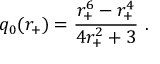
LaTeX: q _ { 0 } ( r _ { + } ) = { \frac { r _ { + } ^ { 6 } - r _ { + } ^ { 4 } } { 4 r _ { + } ^ { 2 } + 3 } } \ .